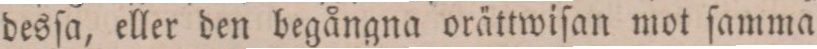
desſa, eller den begångna orättwiſan mot ſamma